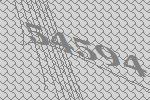
54594